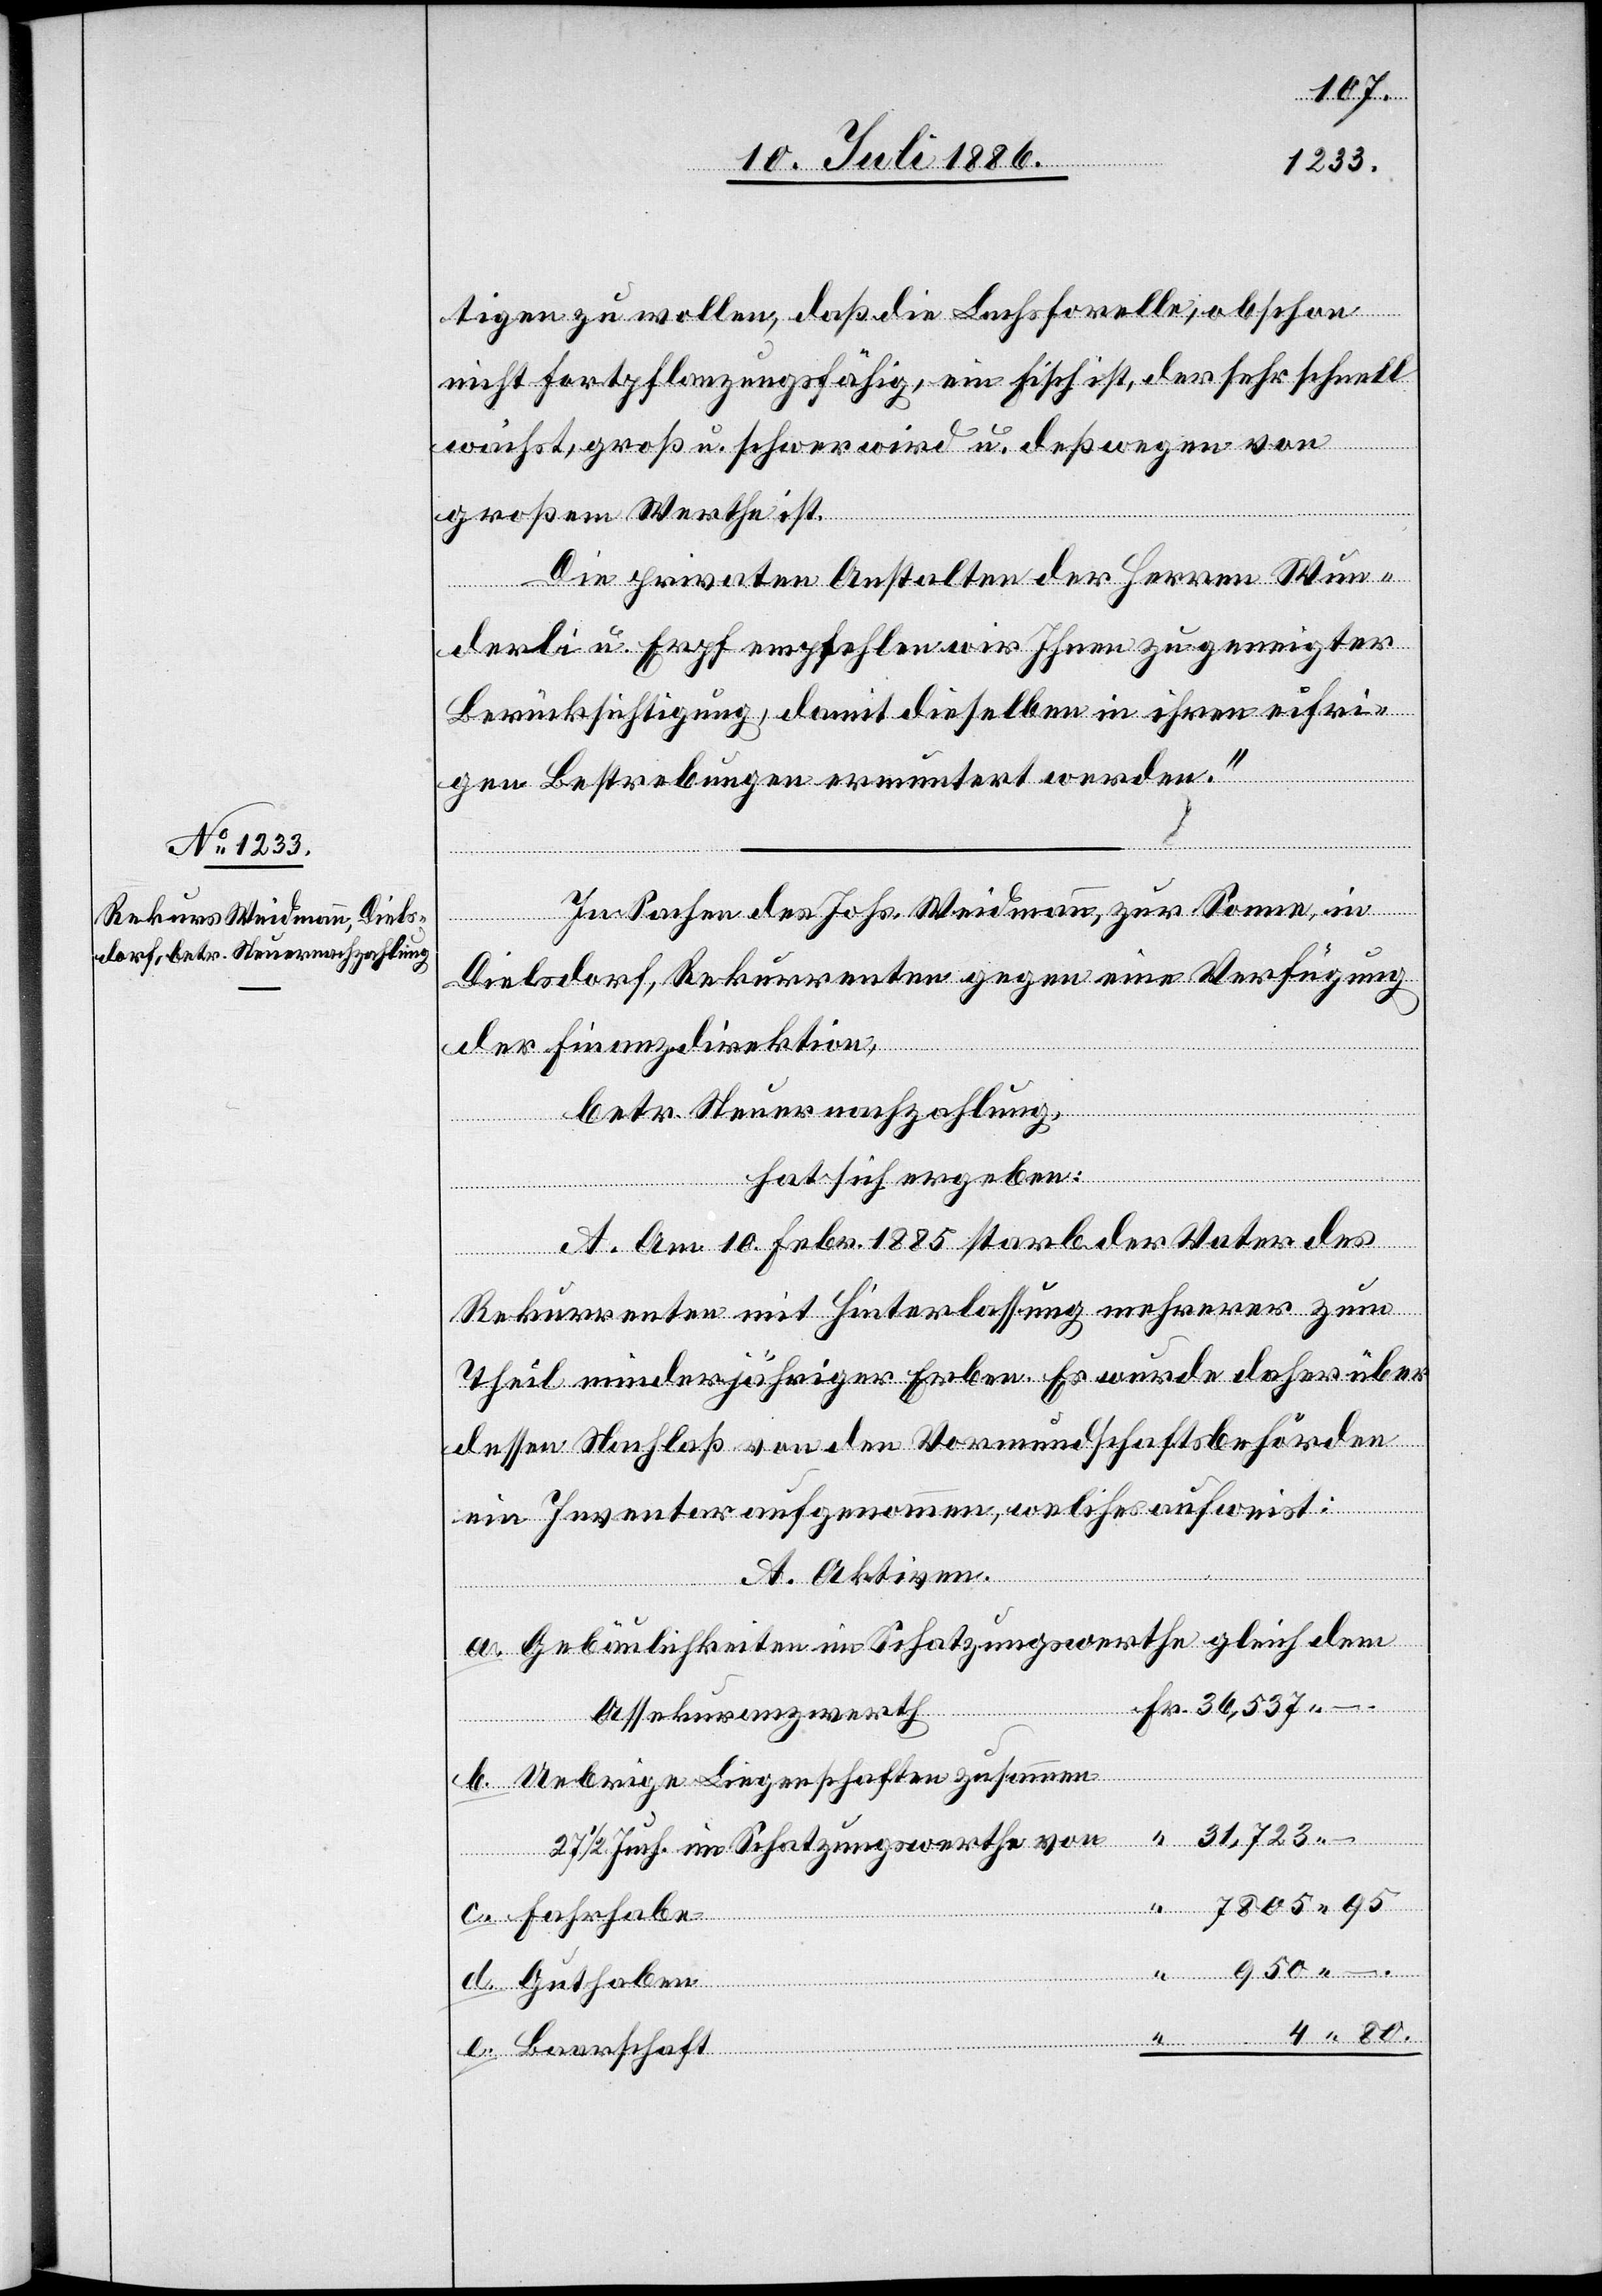
tigen zu wollen, daß die Lachsforelle, obschon
nicht fortpflanzungsfähig, ein Fisch ist, der sehr schnell
wächst, groß u. schwer wird u. deßwegen von
großem Werthe ist.
Die privaten Anstalten der Herren Wun¬
derli u. Erpf empfehlen wir Ihnen zu geneigter
Berücksichtigung, damit dieselben in ihren eifri¬
gen Bestrebungen ermuntert werden.“
In Sachen des Johs. Weidmann, zur Sonne, in
Dielsdorf, Rekurrenten gegen eine Verfügung
der Finanzdirektion,
betr. Steuernachzahlung,
hat sich ergeben:
e.
A. Am 10. Febr. 1885 starb der Vater des
Rekurrenten mit Hinterlassung mehrerer zum
Theil minderjähriger Erben. Es wurde daher über
dessen Nachlaß von den Vormundschaftsbehörden
ein Inventar aufgenommen, welches aufweist:
A. Aktiven.
Gebäulichkeiten im Schatzungswerthe gleich dem
Assekuranzwerth
Uebrige Liegenschaften zusammen
27 1/2 Juch. im Schatzungswerthe von
Fahrhabe
Guthaben
Baarschaft